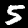
Digit: 5